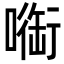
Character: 㗸